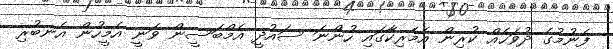
ފެނުމުގެ ދުވަހެއް ކުރިން އެމެރިކާގައި ހުންނަ ސައުދީ އެމްބަސީން ވަނީ އެމީހުން އެނބުރި